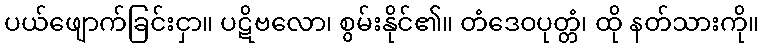
ပယ်ဖျောက်ခြင်းငှာ။ ပဋိဗလော၊ စွမ်းနိုင်၏။ တံဒေဝပုတ္တံ၊ ထို နတ်သားကို။